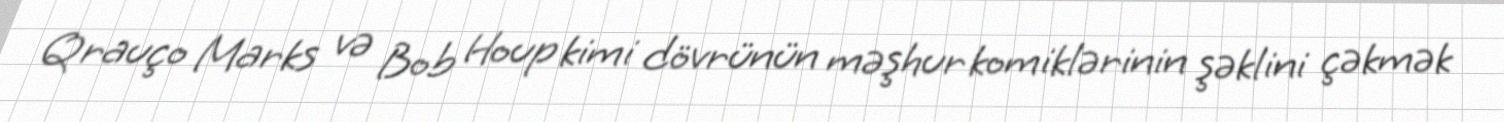
Qrauço Marks və Bob Houp kimi dövrünün məşhur komiklərinin şəklini çəkmək